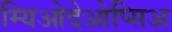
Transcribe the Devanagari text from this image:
म्यिओदेओप्सिअ